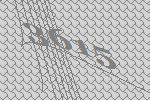
3615